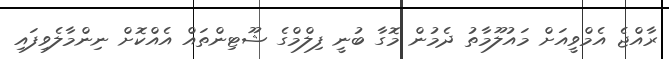
ރާއްޖެ އެމްވީއަށް މައުލޫމާތު ދެމުން މޮގާ ބުނީ ފިލްމްގެ ޝޫޓިންތައް އެއްކޮށް ނިންމާލެވިފައި